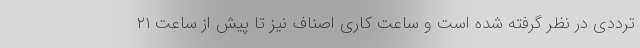
ترددی در نظر گرفته شده است و ساعت کاری اصناف نیز تا پیش از ساعت ۲۱